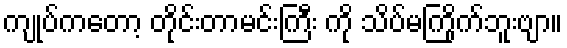
ကျုပ်ကတော့ တိုင်းတာမင်းကြီး ကို သိပ်မကြိုက်ဘူးဗျာ။